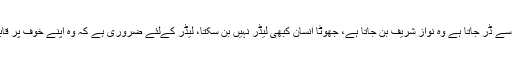
جو بار سے ڈر جاتا ہے وہ نواز شریف بن جاتا ہے، جھوٹا انسان کبھی لیڈر نہیں بن سکتا، لیڈر کےلئے ضروری ہے کہ وہ اپنے خوف پر قابو پائے۔